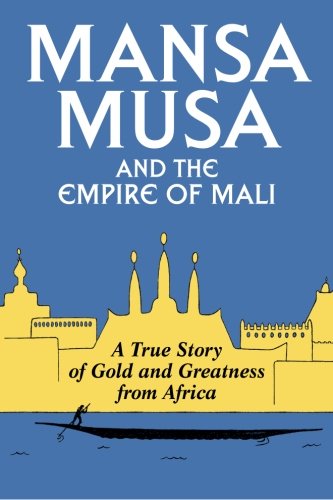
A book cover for Mansa Musa and the Empire of Mali; P. James Oliver; Biographies & Memoirs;